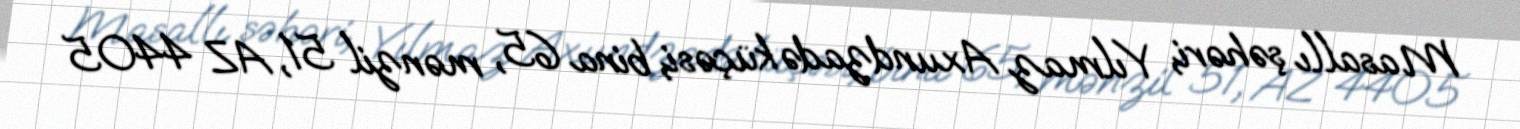
Masallı şəhəri, Yılmaz Axundzadə küçəsi, bina 65, mənzil 51, AZ 4405